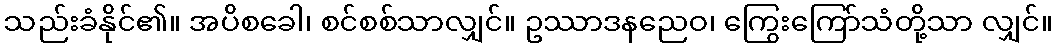
သည်းခံနိုင်၏။ အပိစခေါ၊ စင်စစ်သာလျှင်။ ဥဿာဒနညေဝ၊ ကြွေးကြော်သံတို့သာ လျှင်။